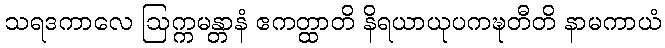
သရဒကာလေ ဩက္ကမန္တာနံ ဧကတ္ထာတိ နိရယာယုပကဍ္ဎတီတိ နာမကာယံ